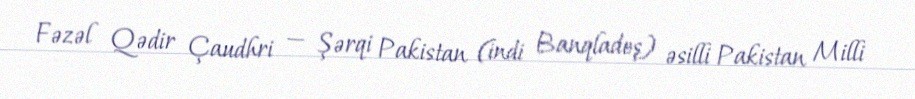
Fəzəl Qədir Çaudhri — Şərqi Pakistan (indi Banqladeş) əsilli Pakistan Milli